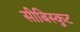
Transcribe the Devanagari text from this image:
सीबिस्कुट